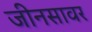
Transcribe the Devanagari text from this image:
जीनसावर